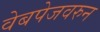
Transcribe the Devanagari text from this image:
वेबपेजवरुन